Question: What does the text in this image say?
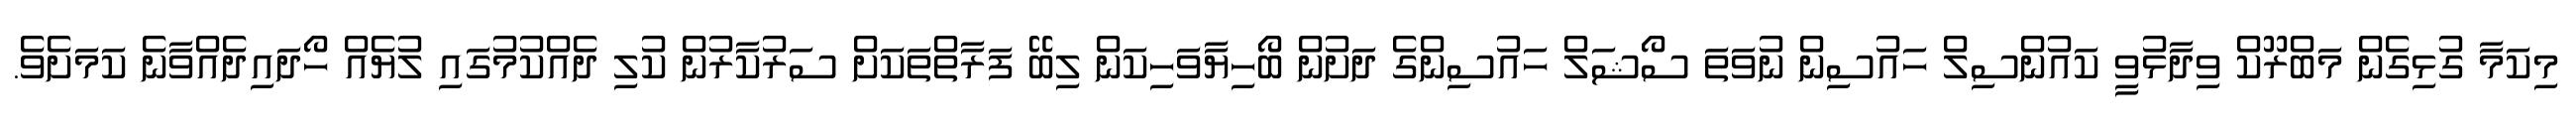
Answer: މިކަމާ ގުޅިގެން މަބްރޫކް ވިދާޅުވީ ކައުންސިލް ހައުސިން ނުވަތަ ސޯޝަލް ހައުސިންގެ ދަށުން ބޯހިޔާވަހިކަން ލިބޭ ފަރާތްތަކަށް ސަރުކާރުން ކުލި ދެއްކުމުގައި ލުޔެއް ހޯދައިދެއްވާނެ ކަމަށެވެ.